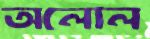
অলোল